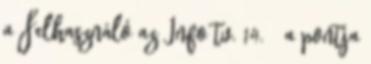
a Felhasználó az Info tv. 14. § a pontja